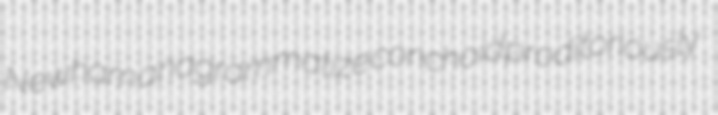
Newham anagrammatize conchoid proditoriously